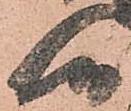
而